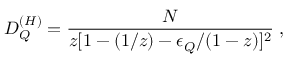
D _ { Q } ^ { ( H ) } = \frac { N } { z [ 1 - ( 1 / z ) - \epsilon _ { Q } / ( 1 - z ) ] ^ { 2 } } \; ,